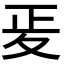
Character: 𭐠